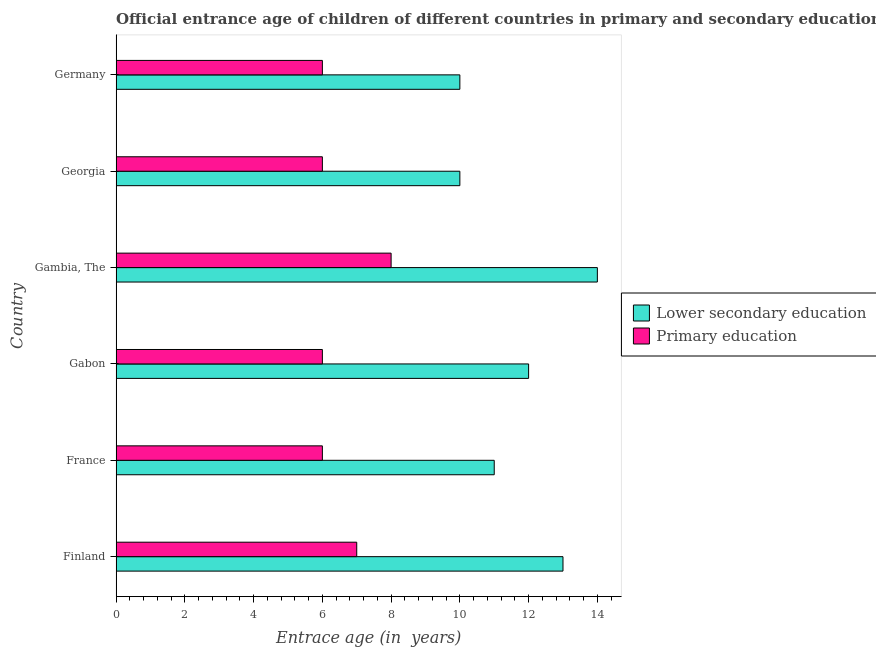
| Country | Lower secondary education | Primary education |
 | --- | --- | --- |
 | Finland | 13 | 7 |
 | France | 11 | 6 |
 | Gabon | 12 | 6 |
 | Gambia, The | 14 | 8 |
 | Georgia | 10 | 6 |
 | Germany | 10 | 6 |